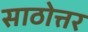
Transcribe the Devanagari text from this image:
साठोत्तर